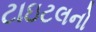
ટાઇટલનો